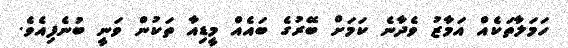
ހަމަލާތަކެއް އަމާޒު ވެދާނެ ކަމަށް ބޭރުގެ ބައެއް މީޑިއާ ތަކުން ވަނީ ބުނެފިއެވެ.